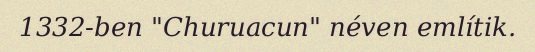
1332-ben "Churuacun" néven említik.